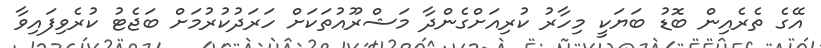
އޭގެ ތެރެއިން ބޮޑު ބަޔަކީ މިހާރު ކުރިއަށްގެންދާ މަޝްރޫއުތަކަށް ހަރަދުކުރުމަށް ބަޖެޓު ކުރެވިފައިވާ